Leaving Certificate Examination (including Day School Certificate (Higher) General paper), 1934
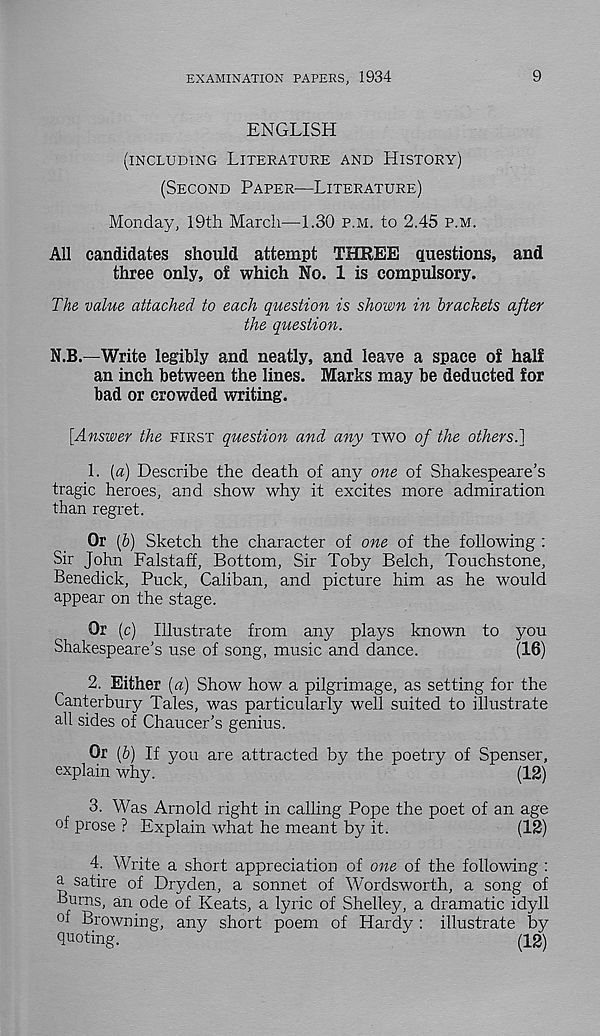
EXAMINATION PAPERS, 1934
9
ENGLISH
(INCLUDING LITERATURE AND HISTORY)
(SECOND PAPER—LITERATURE)
Monday, 19th March—1.30 P.M. to 2.45 P.M.
All candidates should attempt THREE questions, and
three only, of which No. 1 is compulsory.
The value attached to each question is shown in brackets after
the question.
N.B.—Write legibly and neatly, and leave a space of half
an inch between the lines. Marks may be deducted for
bad or crowded writing.
[Answer the FIRST question and any TWO of the others.}
1. [a] Describe the death of any one of Shakespeare’s
tragic heroes, and show why it excites more admiration
than regret.
Or (6) Sketch the character of one of the following :
Sir John Falstaff, Bottom, Sir Toby Belch, Touchstone,
Benedick, Puck, Caliban, and picture him as he would
appear on the stage.
Or (c) Illustrate from any plays known to you
Shakespeare’s use of song, music and dance.
(16)
2. Either [a] Show how a pilgrimage, as setting for the
Canterbury Tales, was particularly well suited to illustrate
all sides of Chaucer’s genius.
Or [b) If you are attracted by the poetry of Spenser,
explain why.
(12)
3. Was Arnold right in calling Pope the poet of an age
of prose ? Explain what he meant by it.
(12)
4. Write a short appreciation of one of the following :
a satire of Dry den, a sonnet of Wordsworth, a song of
burns, an ode of Keats, a lyric of Shelley, a dramatic idyll
°f Browning, any short poem of Hardy : illustrate by
quoting.
F
(12)